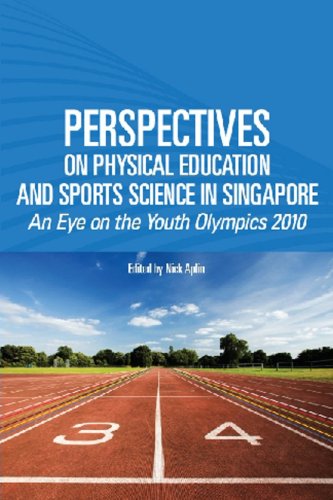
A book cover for Perspective on Physical Education and Sports Science: An Eye on the Youth Olympic Games 2010; Nick Aplin; Sports & Outdoors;